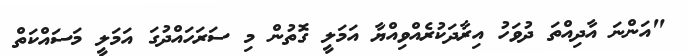
"އަންނަ އާދިއްތަ ދުވަހު އިރާދަކުރެއްވިއްޔާ އަމަލީ ގޮތުން މި ސަރަހައްދުގަ އަމަލީ މަސައްކަތް